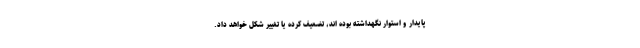
پایدار و استوار نگهداشته بوده اند، تضعیف کرده یا تغییر شکل خواهد داد.